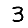
Digit: 3